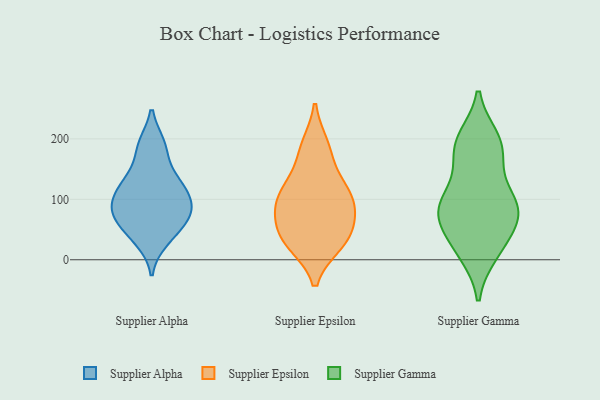
{"axis": {"x": "Latency (ms)", "y": "Value"}, "legend": ["Supplier Alpha", "Supplier Epsilon", "Supplier Gamma"], "data": [{"x": "", "y": 44, "type": "Supplier Alpha"}, {"x": "", "y": 126, "type": "Supplier Alpha"}, {"x": "", "y": 140, "type": "Supplier Alpha"}, {"x": "", "y": 66, "type": "Supplier Alpha"}, {"x": "", "y": 190, "type": "Supplier Alpha"}, {"x": "", "y": 83, "type": "Supplier Alpha"}, {"x": "", "y": 32, "type": "Supplier Alpha"}, {"x": "", "y": 105, "type": "Supplier Alpha"}, {"x": "", "y": 123, "type": "Supplier Alpha"}, {"x": "", "y": 95, "type": "Supplier Alpha"}, {"x": "", "y": 69, "type": "Supplier Alpha"}, {"x": "", "y": 187, "type": "Supplier Alpha"}, {"x": "", "y": 82, "type": "Supplier Alpha"}, {"x": "", "y": 32, "type": "Supplier Epsilon"}, {"x": "", "y": 188, "type": "Supplier Epsilon"}, {"x": "", "y": 122, "type": "Supplier Epsilon"}, {"x": "", "y": 75, "type": "Supplier Epsilon"}, {"x": "", "y": 177, "type": "Supplier Epsilon"}, {"x": "", "y": 30, "type": "Supplier Epsilon"}, {"x": "", "y": 94, "type": "Supplier Epsilon"}, {"x": "", "y": 46, "type": "Supplier Epsilon"}, {"x": "", "y": 27, "type": "Supplier Epsilon"}, {"x": "", "y": 109, "type": "Supplier Epsilon"}, {"x": "", "y": 113, "type": "Supplier Epsilon"}, {"x": "", "y": 77, "type": "Supplier Epsilon"}, {"x": "", "y": 27, "type": "Supplier Gamma"}, {"x": "", "y": 196, "type": "Supplier Gamma"}, {"x": "", "y": 179, "type": "Supplier Gamma"}, {"x": "", "y": 84, "type": "Supplier Gamma"}, {"x": "", "y": 103, "type": "Supplier Gamma"}, {"x": "", "y": 83, "type": "Supplier Gamma"}, {"x": "", "y": 200, "type": "Supplier Gamma"}, {"x": "", "y": 191, "type": "Supplier Gamma"}, {"x": "", "y": 107, "type": "Supplier Gamma"}, {"x": "", "y": 14, "type": "Supplier Gamma"}, {"x": "", "y": 64, "type": "Supplier Gamma"}, {"x": "", "y": 86, "type": "Supplier Gamma"}, {"x": "", "y": 81, "type": "Supplier Gamma"}, {"x": "", "y": 158, "type": "Supplier Gamma"}, {"x": "", "y": 56, "type": "Supplier Gamma"}, {"x": "", "y": 11, "type": "Supplier Gamma"}]}